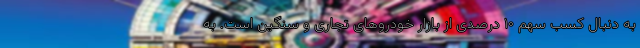
به دنبال کسب سهم ۱۰ درصدی از بازار خودروهای تجاری و سنگین است. به